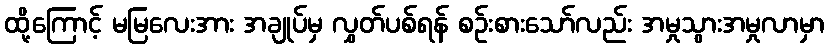
ထို့ကြောင့် မမြလေးအား အချုပ်မှ လွှတ်ပစ်ရန် စဉ်းစားသော်လည်း အမှုသွားအမှုလာမှာ